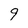
Character: 9